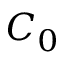
C _ { 0 }